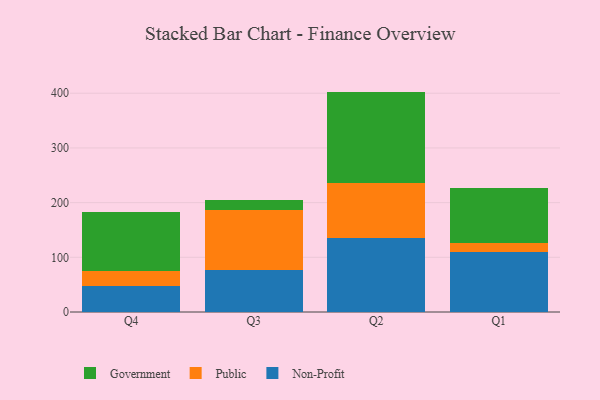
{"axis": {"x": "Quarter", "y": "Market Share (%)"}, "legend": ["Government", "Non-Profit", "Public"], "data": [{"x": "Q4", "y": 48.0, "type": "Non-Profit"}, {"x": "Q4", "y": 27.7, "type": "Public"}, {"x": "Q4", "y": 107.5, "type": "Government"}, {"x": "Q3", "y": 76.1, "type": "Non-Profit"}, {"x": "Q3", "y": 110.2, "type": "Public"}, {"x": "Q3", "y": 18.5, "type": "Government"}, {"x": "Q2", "y": 135.7, "type": "Non-Profit"}, {"x": "Q2", "y": 100.6, "type": "Public"}, {"x": "Q2", "y": 166.7, "type": "Government"}, {"x": "Q1", "y": 109.1, "type": "Non-Profit"}, {"x": "Q1", "y": 17.5, "type": "Public"}, {"x": "Q1", "y": 101.0, "type": "Government"}]}